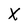
Character: X